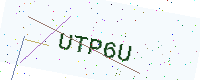
Text: UTP6U